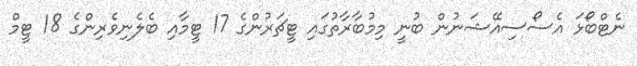
ނެޓްބޯޅަ އެސޯސިއޭޝަނުން ބުނީ މިމުބާރާތުގައި ޓީޗަރުންގެ 17 ޓީމާއި ބެލެނިވެރިންގެ 18 ޓީމް